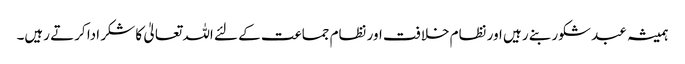
ہمیشہ عبد شکور بنے رہیں اور نظام خلافت اور نظام جماعت کے لئے اللہ تعالیٰ کا شکر ادا کرتے رہیں۔